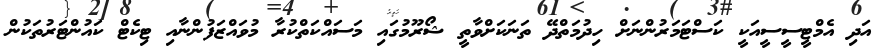
އަދި އެމްޓީސީސީއަކީ ކަސްޓަމަރުންނަށް ހިދުމަތްދޭ ތަނަކަށްވާތީ ޝޯރޫމުގައި މަސައްކަތްކުރާ މުވައްޒަފުންނާއި ޓިކެޓް ކައުންޓަރުތަކުން